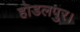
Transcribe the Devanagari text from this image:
होडलपुर।